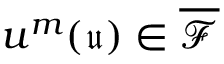
u ^ { m } ( \mathfrak { u } ) \in \overline { { \mathcal { F } } }